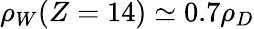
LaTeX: \rho_{W}(Z=14)\simeq 0.7\rho_{D}